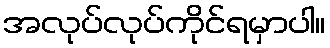
အလုပ်လုပ်ကိုင်ရမှာပါ။